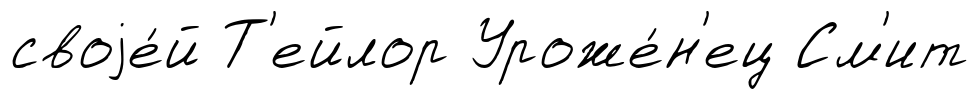
своjе́й Т'ейлор Уроже́н'ец См'ит